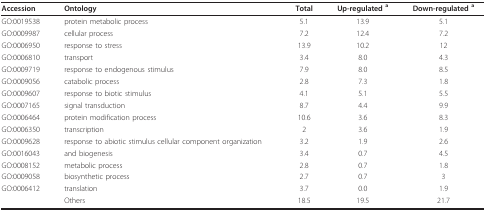
| Accession | Ontology | Total | Up-regulated a | Down-regulated a |
 | --- | --- | --- | --- | --- |
 | GO:0019538 | protein metabolic process | 5.1 | 13.9 | 5.1 |
 | GO:0009987 | cellular process | 7.2 | 12.4 | 7.2 |
 | GO:0006950 | response to stress | 13.9 | 10.2 | 12 |
 | GO:0006810 | transport | 3.4 | 8.0 | 4.3 |
 | GO:0009719 | response to endogenous stimulus | 7.9 | 8.0 | 8.5 |
 | GO:0009056 | catabolic process | 2.8 | 7.3 | 1.8 |
 | GO:0009607 | response to biotic stimulus | 4.1 | 5.1 | 5.5 |
 | GO:0007165 | signal transduction | 8.7 | 4.4 | 9.9 |
 | GO:0006464 | protein modification process | 10.6 | 3.6 | 8.3 |
 | GO:0006350 | transcription | 2 | 3.6 | 1.9 |
 | GO:0009628 | response to abiotic stimulus cellular component organization | 3.2 | 1.9 | 2.6 |
 | GO:0016043 | and biogenesis | 3.4 | 0.7 | 4.5 |
 | GO:0008152 | metabolic process | 2.8 | 0.7 | 1.8 |
 | GO:0009058 | biosynthetic process | 2.7 | 0.7 | 3 |
 | GO:0006412 | translation | 3.7 | 0.0 | 1.9 |
 |  | Others | 18.5 | 19.5 | 21.7 |